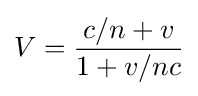
V={\frac {c/n+v}{1+v/nc}}